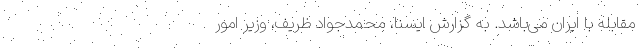
مقابله با ایران ‌می‌باشد. به گزارش ایسنا، محمدجواد ظریف، وزیر امور